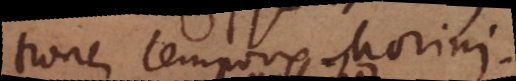
tione temporis Morini.